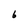
Character: 6